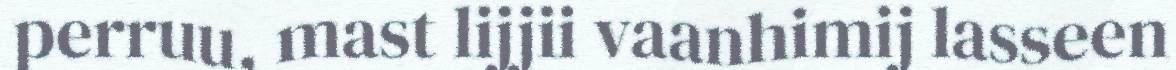
perruu, mast lijjii vaanhimij lasseen